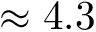
\approx 4 . 3